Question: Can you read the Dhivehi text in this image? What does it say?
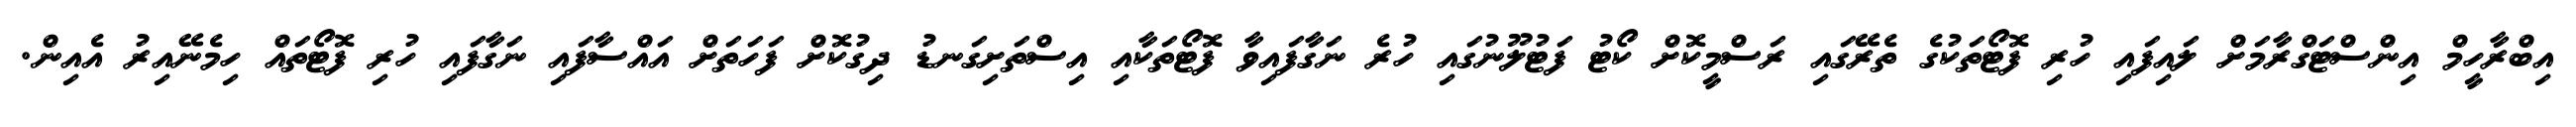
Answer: އިބްރާހީމް އިންސްޓަގްރާމަށް ލައިފައި ހުރި ފޮޓޯތަކުގެ ތެރޭގައި ރަސްމީކޮށް ކޯޓު ފަޓުލޫނުގައި ހުރެ ނަގާފައިވާ ފޮޓޯތަކާއި އިސްތަށިގަނޑު ދިގުކޮށް ފަހަތަށް އައްސާފައި ނަގާފައި ހުރި ފޮޓޯތައް ހިމެނޭއިރު އެއިން.